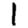
Digit: 1